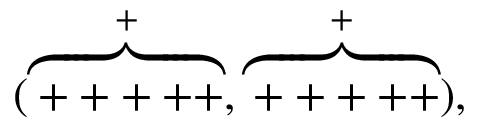
( \stackrel { + } { \overbrace { + + + + + } } , \stackrel { + } { \overbrace { + + + + + } } ) \mathrm { , }